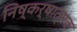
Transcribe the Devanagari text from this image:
निष्कर्षात्मक